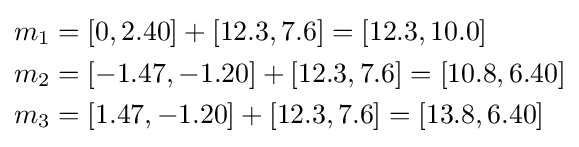
{\begin{aligned}m_{1}&=[0,2.40]+[12.3,7.6]=[12.3,10.0]\\m_{2}&=[-1.47,-1.20]+[12.3,7.6]=[10.8,6.40]\\m_{3}&=[1.47,-1.20]+[12.3,7.6]=[13.8,6.40]\end{aligned}}